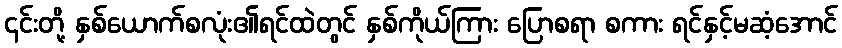
၎င်းတို့ နှစ်ယောက်စလုံး၏ရင်ထဲတွင် နှစ်ကိုယ်ကြား ပြောစရာ စကား ရင်နှင့်မဆံ့အောင်